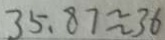
3 5 . 8 7 \approx 3 6